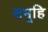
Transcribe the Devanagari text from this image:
समूहि